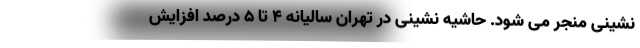
نشینی منجر می شود. حاشیه نشینی در تهران سالیانه ۴ تا ۵ درصد افزایش